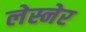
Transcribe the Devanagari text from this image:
लेस्नेर